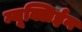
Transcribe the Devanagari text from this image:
न्यूक्लिईन